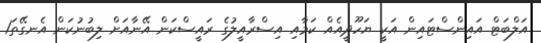
އަލްބަޓް އައިންސްޓައިން އަކީ ޔަހޫދީއެއް ކަމާއި އިސްރާއީލުގެ ރައީސްކަން އޭނާއަށް ލިބުނުކަން އެނގޭތަ1